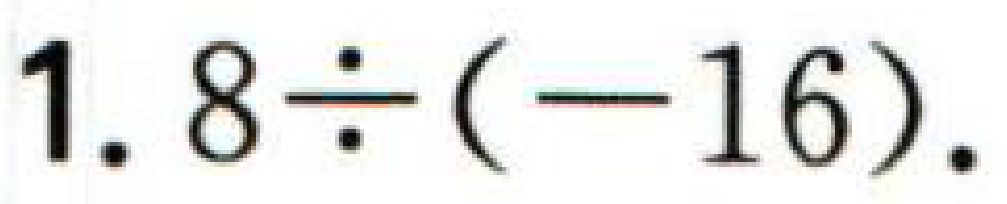
$1.8\div(-16).$